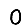
Digit: 0